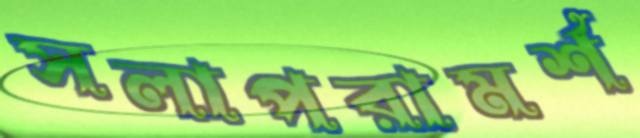
সলাপরামর্শ